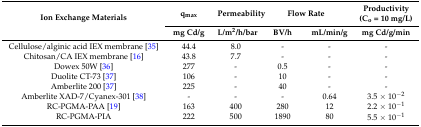
<table><thead><tr><td rowspan="2"><b>Ion Exchange Materials</b></td><td><b>q<sub>max</sub></b></td><td><b>Permeability</b></td><td colspan="2"><b>Flow Rate</b></td><td><b>Productivity (C<sub>o</sub> = 10 mg/L)</b></td></tr><tr><td><b>mg Cd/g</b></td><td><b>L/m<sup>2</sup>/h/bar</b></td><td><b>BV/h</b></td><td><b>mL/min/g</b></td><td><b>mg Cd/g/min</b></td></tr></thead><tbody><tr><td>Cellulose/alginic acid IEX membrane [35]</td><td>44.4</td><td>8.0</td><td>-</td><td>-</td><td>-</td></tr><tr><td>Chitosan/CA IEX membrane [16]</td><td>43.8</td><td>7.7</td><td>-</td><td>-</td><td>-</td></tr><tr><td>Dowex 50W [36]</td><td>277</td><td>-</td><td>0.5</td><td>-</td><td>-</td></tr><tr><td>Duolite CT-73 [37]</td><td>106</td><td>-</td><td>10</td><td>-</td><td>-</td></tr><tr><td>Amberlite 200 [37]</td><td>225</td><td>-</td><td>40</td><td>-</td><td>-</td></tr><tr><td>Amberlite XAD-7/Cyanex-301 [38]</td><td>-</td><td>-</td><td>-</td><td>0.64</td><td>3.5 × 10<sup>−2</sup></td></tr><tr><td>RC-PGMA-PAA [19]</td><td>163</td><td>400</td><td>280</td><td>12</td><td>2.2 × 10<sup>−1</sup></td></tr><tr><td>RC-PGMA-PIA</td><td>222</td><td>500</td><td>1890</td><td>80</td><td>5.5 × 10<sup>−1</sup></td></tr></tbody></table>